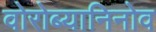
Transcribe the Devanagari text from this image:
वोरोब्यानिनोव